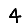
Digit: 4